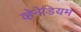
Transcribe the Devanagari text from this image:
व्हेनेडियम